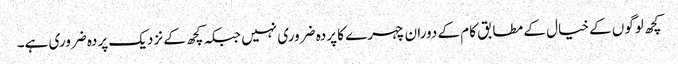
کچھ لوگوں کے خیال کے مطابق کام کے دوران چہرے کا پردہ ضروری نہیں جبکہ کچھ کے نزدیک پردہ ضروری ہے۔